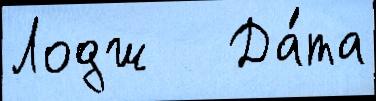
Лодж   Да́та